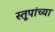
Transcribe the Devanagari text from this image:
स्तूपांच्या